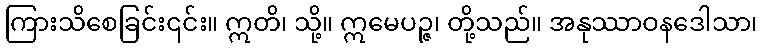
ကြားသိစေခြင်း၎င်း။ ဣတိ၊ သို့။ ဣမေပဉ္ဇ၊ တို့သည်။ အနုဿာဝနဒေါသာ၊